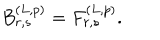
B _ { r , s } ^ { ( L , p ) } = F _ { r , s } ^ { ( L , p ) } .